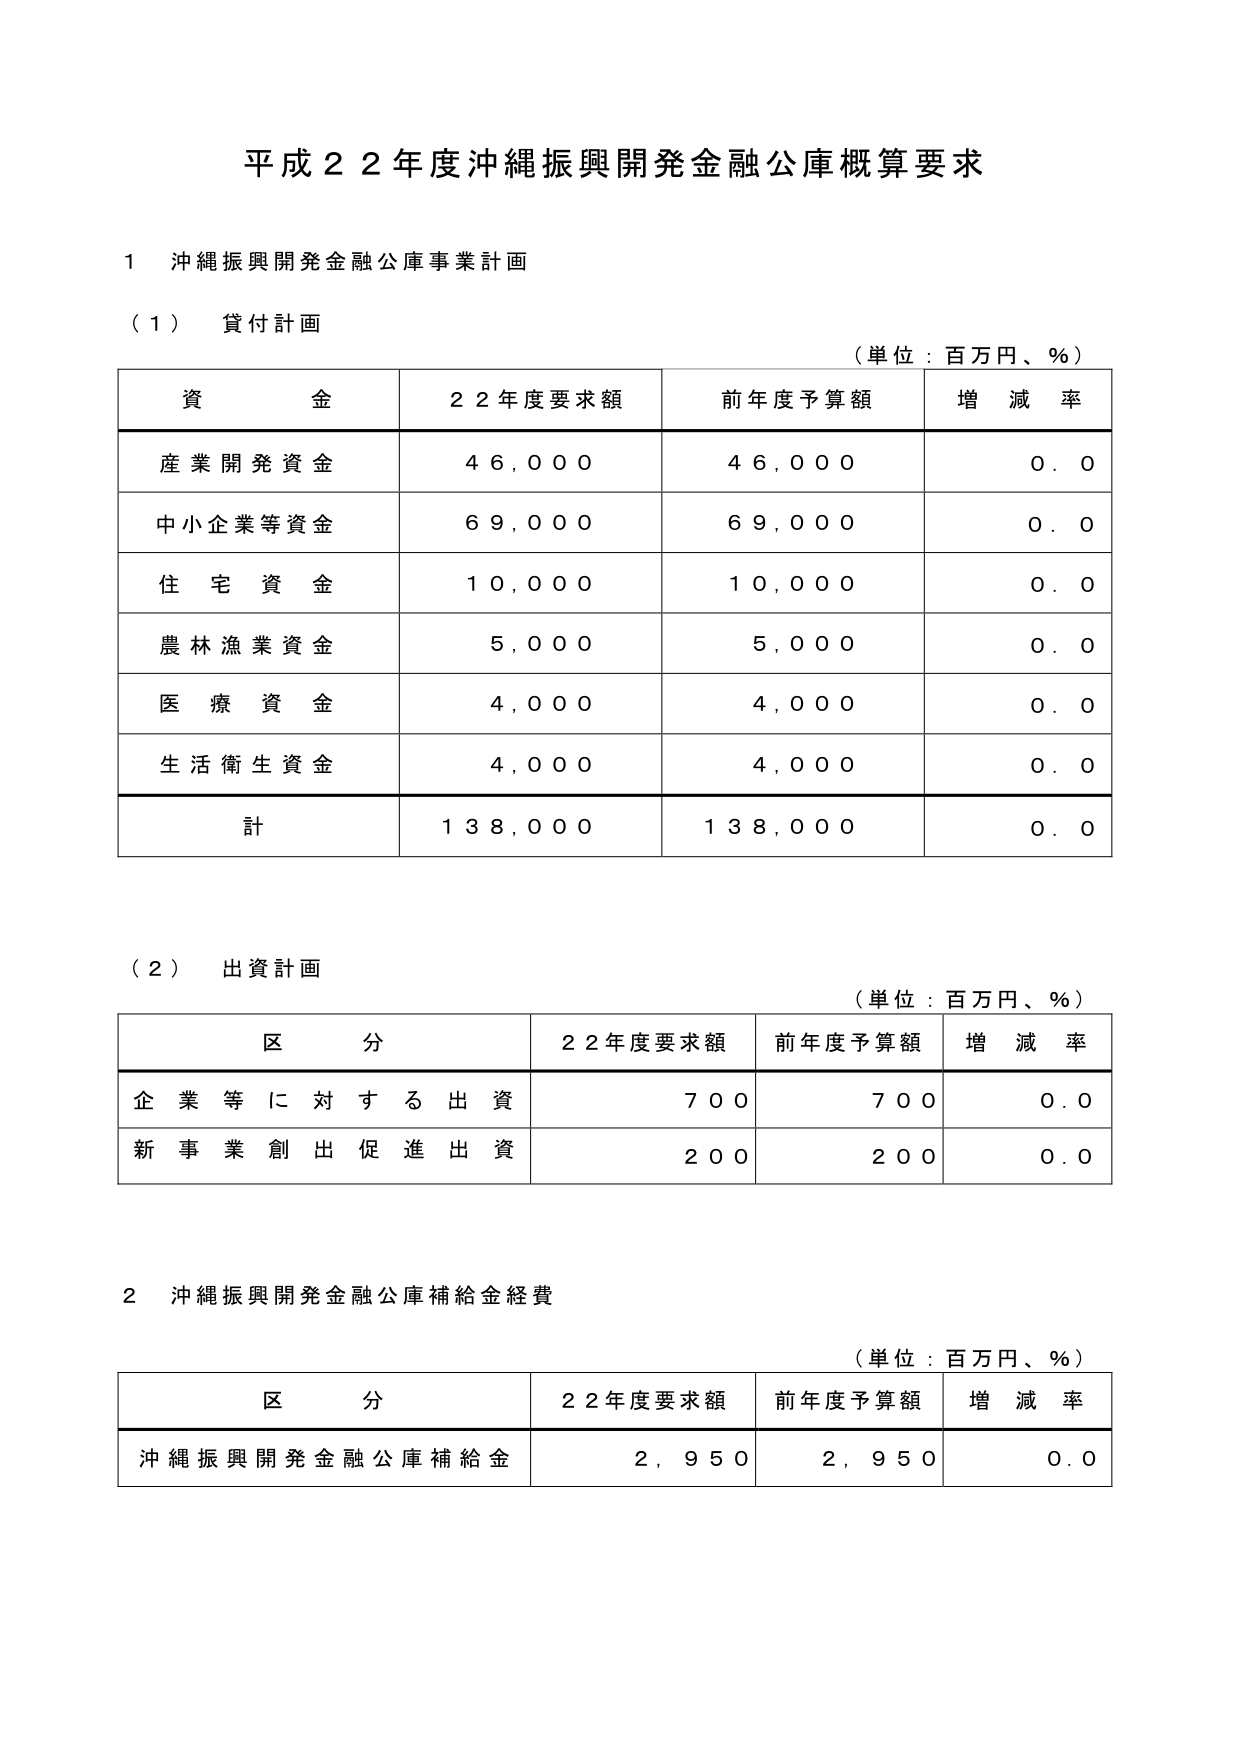
平成２２年度沖縄振興開発金融公庫概算要求

１　沖縄振興開発金融公庫事業計画

（１）　貸付計画

（単位：百万円、％）

資金　　　　　　２２年度要求額　　　前年度予算額　　　増減率
産業開発資金　　　　４６，０００　　　　４６，０００　　　　０．０
中小企業等資金　　　　６９，０００　　　　６９，０００　　　　０．０
住宅資金　　　　　　１０，０００　　　　１０，０００　　　　０．０
農林漁業資金　　　　　５，０００　　　　　５，０００　　　　０．０
医療資金　　　　　　４，０００　　　　　４，０００　　　　０．０
生活衛生資金　　　　４，０００　　　　　４，０００　　　　０．０
計　　　　　　　　１３８，０００　　　　１３８，０００　　　　０．０

（２）　出資計画

（単位：百万円、％）

区分　　　　　　　　２２年度要求額　　　前年度予算額　　　増減率
企業等に対する出資　　　　７００　　　　　　７００　　　　０．０
新事業創出促進出資　　　　２００　　　　　　２００　　　　０．０

２　沖縄振興開発金融公庫補給金経費

（単位：百万円、％）

区分　　　　　　　　２２年度要求額　　　前年度予算額　　　増減率
沖縄振興開発金融公庫補給金　　　２，９５０　　　　２，９５０　　　　０．０